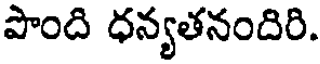
పొంది ధన్యతనందిరి.